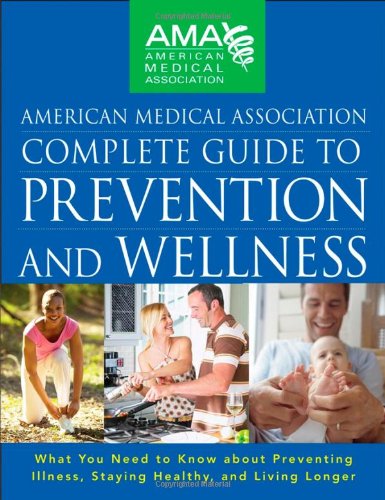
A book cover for American Medical Association Complete Guide to Prevention and Wellness: What You Need to Know about Preventing Illness, Staying Healthy, and Living Longer; American Medical Association; Health, Fitness & Dieting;